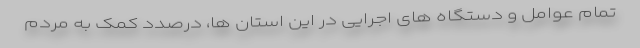
تمام عوامل و دستگاه های اجرایی در این استان ها، درصدد کمک به مردم